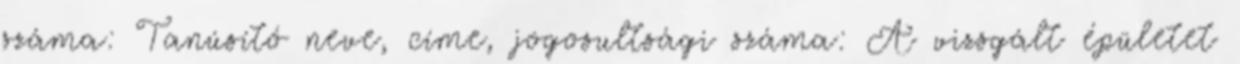
száma: Tanúsító neve, címe, jogosultsági száma: A vizsgált épületet